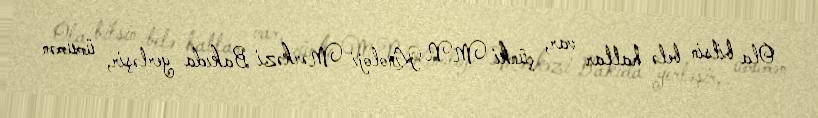
Ola bilsin belə hallar var, çünki MN Kinoloji Mərkəzi Bakıda yerləşir, ümumən